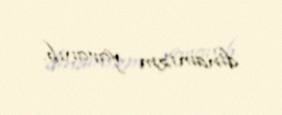
dinamizm yaranıb.